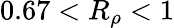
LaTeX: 0.67<R_{\rho}<1